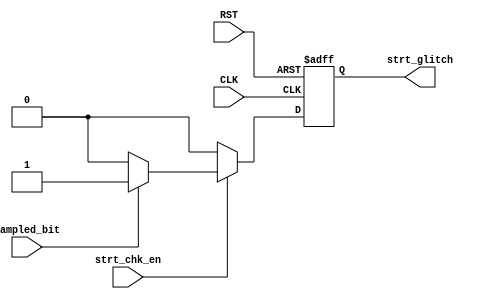
/*
   ******  START Bit Check Block ******
   by:
       Mohamed Hazem Mamdouh
       10-9-2022
       3:54 PM   
*/
`timescale 1us/1ns
module start_chk # (
    parameter BUS_WIDTH =  8
    )
(
    input  wire                        CLK,
    input  wire                        RST,
    input  wire                        strt_chk_en,
    input  wire                        sampled_bit,
    output reg                         strt_glitch

);



// seq always block

always@(posedge CLK or negedge RST)
  begin
   if (!RST) 
        begin
        strt_glitch   <= 0;
        end

   else if (strt_chk_en)
        begin
        if (!sampled_bit)
        begin
        strt_glitch  <= 1'b0;
        end
        else if(sampled_bit)
        begin
        strt_glitch  <= 1'b1;
        end
        end
    else if (!strt_chk_en)
        strt_glitch  <= 1'b0;         
end

endmodule